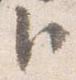
臣